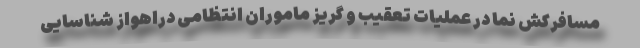
مسافرکش نما در عملیات تعقیب و گریز ماموران انتظامی دراهواز شناسایی